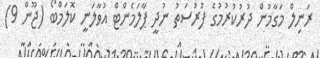
ރަނިލް މަގާމުން ދުރުކުރުމުގެ ފުރުސަތު ނުދީ ޕާލަމެންޓް އުވާލަނީ ކޮލަމްބޯ (ޖޫން 9)